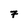
Character: 7